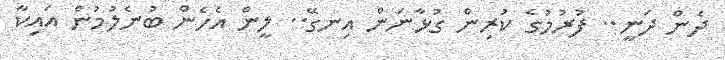
ދެން ދަނީ.. ފުރުމުގެ ކުރިން ގުޅާނަން އިނގޭ.. ލީން އެހެން ބުނެލުމުން އައިކާ